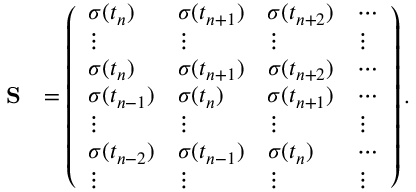
\begin{array} { r l } { \bf S } & { = \left( \begin{array} { l l l l } { \sigma ( t _ { n } ) } & { \sigma ( t _ { n + 1 } ) } & { \sigma ( t _ { n + 2 } ) } & { \cdots } \\ { \vdots } & { \vdots } & { \vdots } & { \vdots } \\ { \sigma ( t _ { n } ) } & { \sigma ( t _ { n + 1 } ) } & { \sigma ( t _ { n + 2 } ) } & { \cdots } \\ { \sigma ( t _ { n - 1 } ) } & { \sigma ( t _ { n } ) } & { \sigma ( t _ { n + 1 } ) } & { \cdots } \\ { \vdots } & { \vdots } & { \vdots } & { \vdots } \\ { \sigma ( t _ { n - 2 } ) } & { \sigma ( t _ { n - 1 } ) } & { \sigma ( t _ { n } ) } & { \cdots } \\ { \vdots } & { \vdots } & { \vdots } & { \vdots } \end{array} \right) . } \end{array}